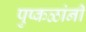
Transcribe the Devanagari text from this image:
पुष्कळांनी